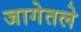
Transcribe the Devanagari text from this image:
जागेतले